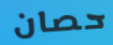
حصان